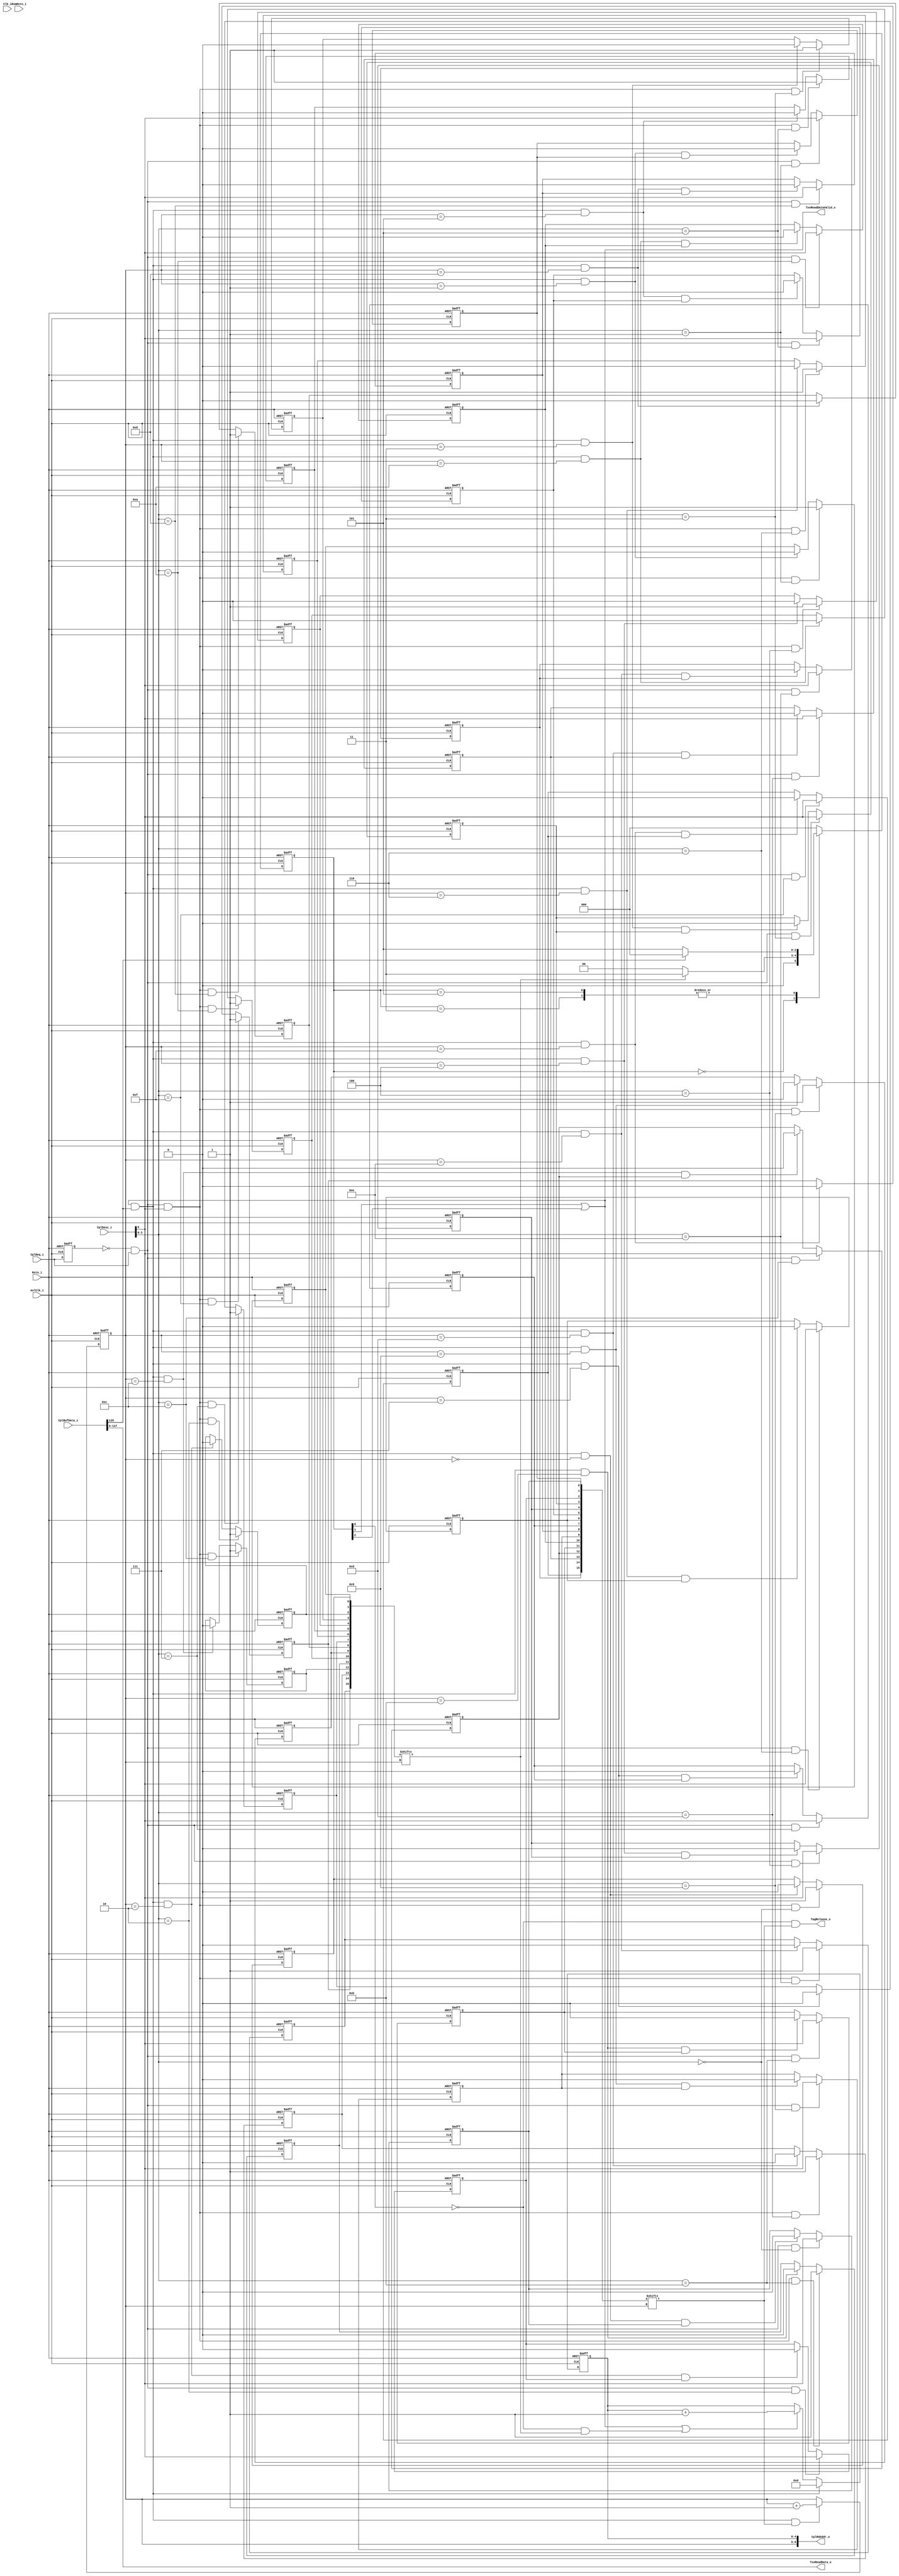
module altpciexpav128_rx_resp

#(

  parameter CG_COMMON_CLOCK_MODE = 1
)

  ( input          Clk_i,
    input          AvlClk_i,
    input          Rstn_i,
    input          RxmRstn_i,
    
    // Interface to Transaction layer
    input          CplReq_i,
    input  [5:0]   CplDesc_i, 
    
    /// interface to completion buffer
    output [8:0]    CplRdAddr_o,
    input [129:0]   CplBufData_i,
    
    // interface to tx control
    output         TagRelease_o,
    
    // interface to Avalon slave
    output  [127:0]  TxsReadData_o,
    output          TxsReadDataValid_o
  );
  
  //state machine encoding
  localparam RXCPL_IDLE         = 3'h0;
  localparam RXCPL_RDPIPE       = 3'h3;
  localparam RXCPL_RD_VALID     = 3'h5;
  
wire                          last_qword;
wire                          dw_swap;
reg                           dw_swap_reg;
reg        [2:0]              rxcpl_state;
reg        [2:0]              rxcpl_nxt_state;
wire                          rdpipe_st;
wire                          rdvalid_st;
reg        [4:0]              rd_addr_cntr;
reg        [3:0]              hol_cntr;
reg        [15:0]             tag_status_reg;
reg        [15:0]             last_cpl_reg;

reg                           cpl_req_reg;
wire                          cpl_req;
wire                          cpl_done;
reg                           cpl_done_reg;
wire       [3:0]              tag;
wire                           cpl_ack_reg;
wire                          cpl_req_int;
wire                          last_cpl;
wire                          rxcpl_idle_state;
wire                          cpl_req_rise;
wire 			      valid_cpl;
wire 			      cpl_eop;


///// NEW codes
// outstanding read status based on tag


always @(posedge AvlClk_i or negedge Rstn_i)
  begin
    if(~Rstn_i)
       cpl_req_reg <= 1'b0;
    else
       cpl_req_reg <= CplReq_i;
  end
  
  assign cpl_req_rise = ~cpl_req_reg & CplReq_i;


  assign    tag = CplDesc_i[3:0];
  assign    valid_cpl = CplDesc_i[4];
  assign    last_cpl = CplDesc_i[5];
  assign    cpl_eop  = CplBufData_i[129];
generate
  genvar i;
  for(i=0; i< 16; i=i+1)
    begin: tag_status_register
       always @(posedge AvlClk_i or negedge Rstn_i)
         begin
           if(~Rstn_i)
              last_cpl_reg[i] <= 1'b0;
           else if(cpl_req_rise & tag == i)
              last_cpl_reg[i] <= last_cpl;
           else if(cpl_done & hol_cntr == i & last_cpl_reg[i]) // release the tag
              last_cpl_reg[i] <= 1'b0;
         end
         
     always @(posedge AvlClk_i or negedge Rstn_i)
         begin
           if(~Rstn_i)
              tag_status_reg[i] <= 1'b0;
           else if(cpl_req_rise & last_cpl & tag == i)
              tag_status_reg[i] <= 1'b1;
           else if(cpl_done & hol_cntr == i) // release the tag
              tag_status_reg[i] <= 1'b0;
         end 

       end
  endgenerate
  
  
always @(posedge AvlClk_i or negedge Rstn_i)  // state machine registers
  begin
    if(~Rstn_i)
     rxcpl_state  <= RXCPL_IDLE;
    else
      rxcpl_state <= rxcpl_nxt_state;
  end


always @*
  begin
    case(rxcpl_state)
      RXCPL_IDLE :
         if(tag_status_reg[hol_cntr])
          rxcpl_nxt_state <= RXCPL_RDPIPE; // read pipe state
        else
          rxcpl_nxt_state <= RXCPL_IDLE;
                                                              
      RXCPL_RDPIPE:
        if(cpl_eop)
           rxcpl_nxt_state <= RXCPL_IDLE;
        else
          rxcpl_nxt_state <= RXCPL_RD_VALID;
       
      RXCPL_RD_VALID: 
        if(cpl_eop)
          rxcpl_nxt_state <= RXCPL_IDLE;
        else
          rxcpl_nxt_state <= RXCPL_RD_VALID;
          
      default:
          rxcpl_nxt_state <= RXCPL_IDLE;
       
    endcase
end      

assign rxcpl_idle_state = ~rxcpl_state[0]; 
assign rdpipe_st = rxcpl_state[1];
assign rdvalid_st = rxcpl_state[2];
assign TxsReadDataValid_o = rdpipe_st | rdvalid_st;
assign TxsReadData_o[127:0] = CplBufData_i[127:0];
assign cpl_done = (rdvalid_st | rdpipe_st) & cpl_eop ;
assign TagRelease_o =  rxcpl_idle_state & (last_cpl_reg[hol_cntr]);
/*
always @(posedge AvlClk_i or negedge RxmRstn_i)
  begin
    if(~RxmRstn_i)
       cpl_done_reg <= 1'b0;
    else 
       cpl_done_reg <= cpl_done;
  end

assign TagRelease_o = cpl_done_reg;
*/
// head of line counter

always @(posedge AvlClk_i or negedge Rstn_i)
  begin
    if(~Rstn_i)
       hol_cntr <= 4'h0;
    else if(cpl_done & last_cpl_reg[hol_cntr])
       hol_cntr <= hol_cntr + 1;
  end

/// completion buffer address counter
          
always @(posedge AvlClk_i or negedge Rstn_i)
  begin
    if(~Rstn_i)
       rd_addr_cntr <= 5'h0;
    else if(cpl_done)
       rd_addr_cntr <= 5'h0;
    else if(rdpipe_st | rdvalid_st | (rxcpl_idle_state & tag_status_reg[hol_cntr]))
       rd_addr_cntr <= rd_addr_cntr + 1;
  end          
          
          
 assign CplRdAddr_o = {  hol_cntr,      rd_addr_cntr};                                                          
endmodule